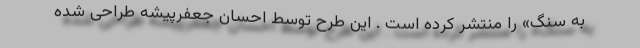
به سنگ» را منتشر کرده است . این طرح توسط احسان جعفرپیشه طراحی شده